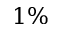
1 \%